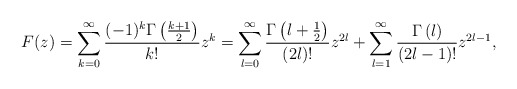
\begin{align*}F(z) = \sum_{k=0}^\infty \frac{(-1)^k \Gamma\left(\frac{k+1}{2}\right)}{k!}z^k = \sum_{l=0}^\infty \frac{ \Gamma\left(l+\frac 12 \right)}{(2l)!}z^{2l} +\sum_{l=1}^\infty \frac{ \Gamma\left(l \right)}{(2l-1)!}z^{2l-1},\end{align*}